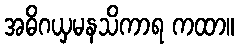
အဓိဂယှမနသိကာရ ကထာ။